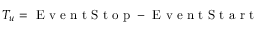
T _ { u } = \mathrm { ~ E ~ v ~ e ~ n ~ t ~ S ~ t ~ o ~ p ~ } - \mathrm { ~ E ~ v ~ e ~ n ~ t ~ S ~ t ~ a ~ r ~ t ~ }